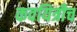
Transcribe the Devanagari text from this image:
कवयित्रीच